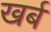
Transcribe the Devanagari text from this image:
खर्ब